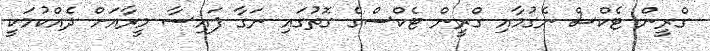
ގްރީން ޓެކްސް ނެގުމާއި ގްރީން ޓެކްސްގެ ގޮތުގައި ނަގާ ފައިސާ މީރާއަށް ދެއްކުމަކީ